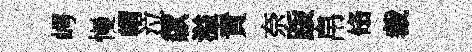
崿慢㡌泣歘溢責奈䟦帛翛裁